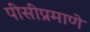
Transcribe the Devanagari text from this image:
पीसीप्रमाणे